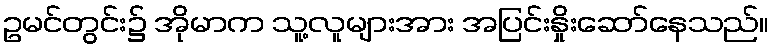
ဥမင်တွင်း၌ အိုမာက သူ့လူများအား အပြင်းနှိုးဆော်နေသည်။